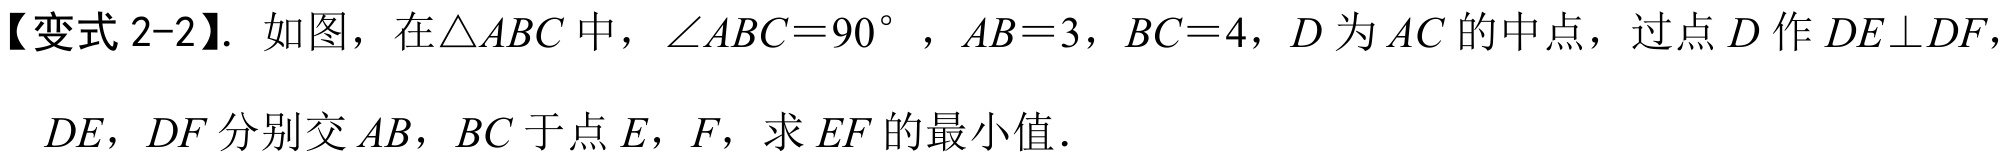
【变式2-2】. 如图，在$\triangle ABC$中，$\angle ABC = 90^{\circ}$，$AB = 3$，$BC = 4$，$D$为$AC$的中点，过点$D$作$DE\perp DF$，$DE$，$DF$分别交$AB$，$BC$于点$E$，$F$，求$EF$的最小值．